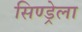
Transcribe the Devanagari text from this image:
सिण्ड्रेला